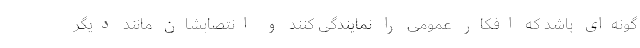
گونه‌ای باشد که افکار عمومی را نمایندگی کنند و انتصابشان مانند دیگر